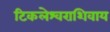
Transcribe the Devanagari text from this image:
टिकलेश्वराशिवाय